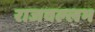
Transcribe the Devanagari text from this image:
राजवल्‍लभ